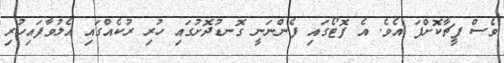
ވެސް ފީޗާކޮށްފަ އެވެ. އެ ފޮޓޯގައި ފެންނަނީ ގޮނޑުދޮށުގައި ހުރި ރުކެއްގައި އެލުވާފައިހުރި